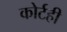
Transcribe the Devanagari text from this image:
कोर्टही